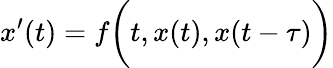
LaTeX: x^{\prime}(t)=f{\biggl(}t,x(t),x(t-\tau){\biggr)}